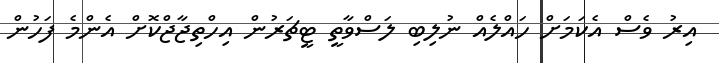
އިރު ވެސް އެކަމަށް ހައްލެއް ނުލިބި ލަސްވާތީ ޓީޗަރުން އިހްތިޖާޖްކޮށް އެންމެ ފަހުން